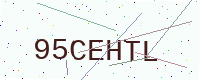
Text: 95CEHTL